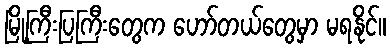
မြို့ကြီးပြကြီးတွေက ဟော်တယ်တွေမှာ မရနိုင်။